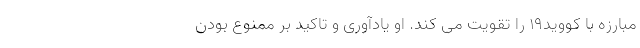
مبارزه با کووید۱۹ را تقویت می کند. او یادآوری و تاکید بر ممنوع بودن